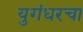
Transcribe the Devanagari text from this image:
युगंधरचा